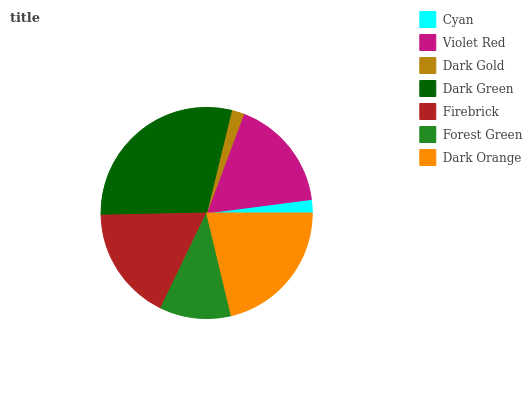
| Cyan | Violet Red | Dark Gold | Dark Green | Firebrick | Forest Green | Dark Orange |
 | --- | --- | --- | --- | --- | --- | --- |
 | 2.05% | 17.2% | 1.91% | 29.1% | 17.5% | 10.9% | 21.3% |